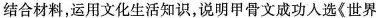
结合材料，运用文化生活知识，说明甲骨文成功人选《世界